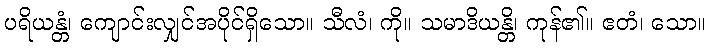
ပရိယန္တံ၊ ကျောင်းလျှင်အပိုင်ရှိသော။ သီလံ၊ ကို။ သမာဒိယန္တိ၊ ကုန်၏။ ဧတံ၊ သော။